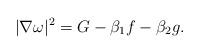
LaTeX: \begin{align*}|\nabla\omega|^{2}=G-\beta_{1}f-\beta_{2}g.\end{align*}